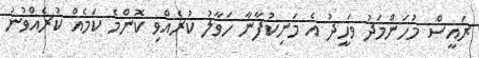
ރައީސް މުހަންމަދު ވަހީދު އެ މަނިކުފާނާ ހަވާލު ކުރެއްވި ކޮންމެ ކަމެއް ކުރެއްވުނު